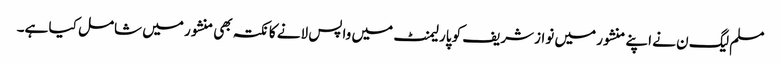
مسلم لیگ ن نے اپنے منشور میں نوازشریف کو پارلیمنٹ میں واپس لانے کا نکتہ بھی منشور میں شامل کیا ہے۔